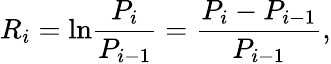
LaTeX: R_{i}=\mathrm{ln}\frac{P_{i}}{P_{i-1}}=\frac{P_{i}-P_{i-1}}{P_{i-1}},